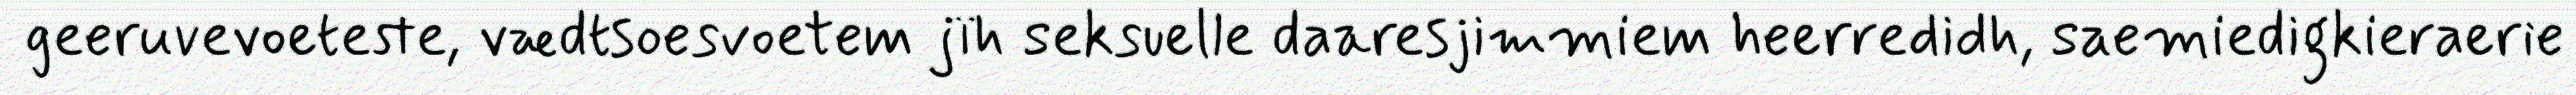
geeruvevoeteste, vædtsoesvoetem jïh seksuelle daaresjimmiem heerredidh, saemiedigkieraerie